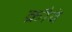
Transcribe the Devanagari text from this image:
क्रौवे